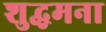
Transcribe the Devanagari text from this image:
शुद्धमना